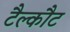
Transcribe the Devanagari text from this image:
टैल्कौट